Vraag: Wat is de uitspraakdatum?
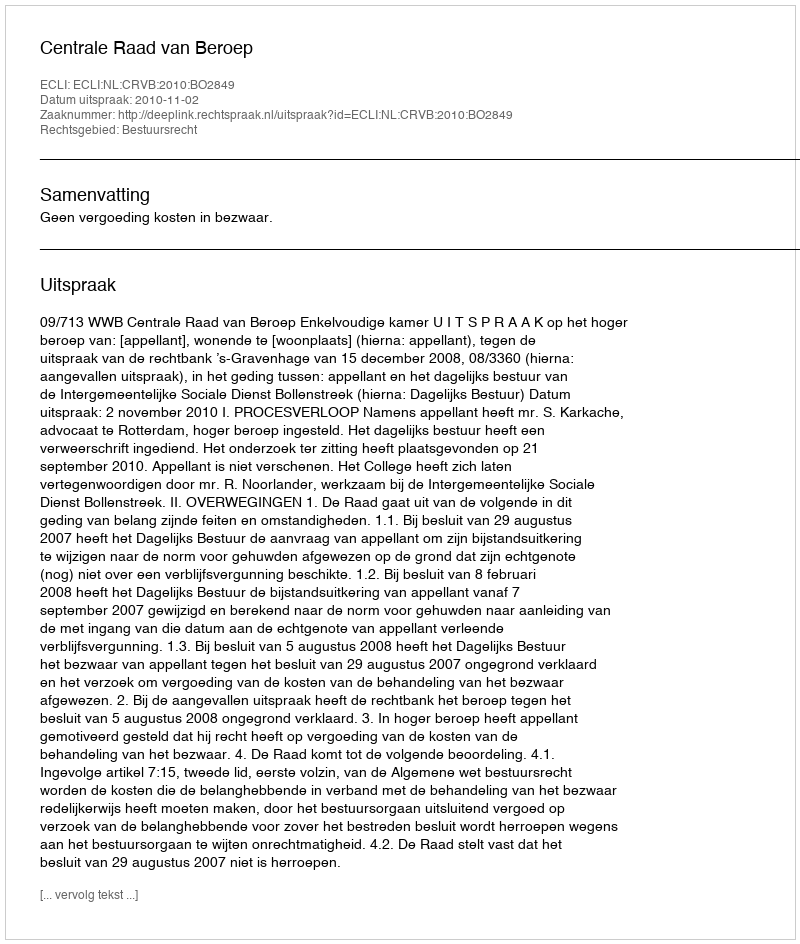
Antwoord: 2010-11-02